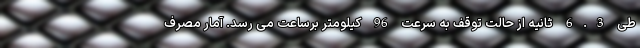
طی 6.3 ثانیه از حالت توقف به سرعت 96 کیلومتر برساعت می رسد. آمار مصرف